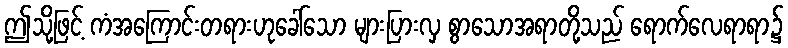
ဤသို့ဖြင့် ကံအကြောင်းတရားဟုခေါ်သော များပြားလှ စွာသောအရာတို့သည် ရောက်လေရာရာ၌